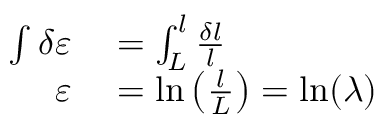
\ { \begin{array} { r l } { \int \delta \varepsilon } & { { } = \int _ { L } ^ { l } { \frac { \delta l } { l } } } \\ { \varepsilon } & { { } = \ln \left( { \frac { l } { L } } \right) = \ln ( \lambda ) } \end{array} }